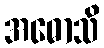
အဓောသိ